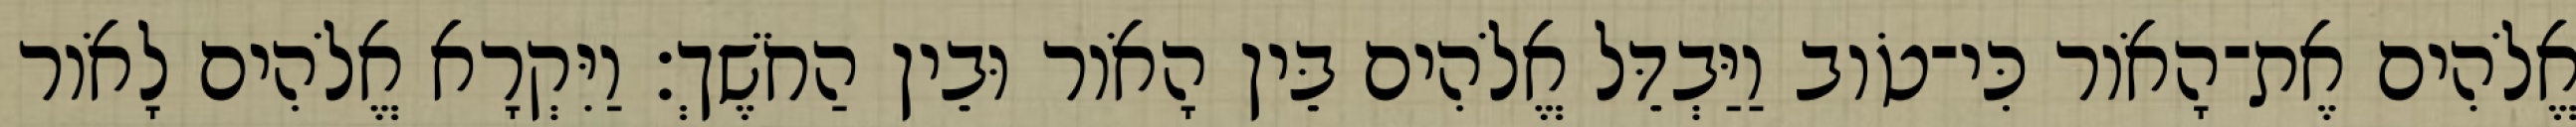
אֱלֹהִים אֶת־הָאֹור כִּי־טֹוב וַיַּבְדֵּל אֱלֹהִים בֵּין הָאֹור וּבֵין הַחֹשֶׁךְ׃ וַיִּקְרָא אֱלֹהִים לָאֹור